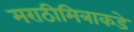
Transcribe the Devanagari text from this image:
मराठीमित्राकडे